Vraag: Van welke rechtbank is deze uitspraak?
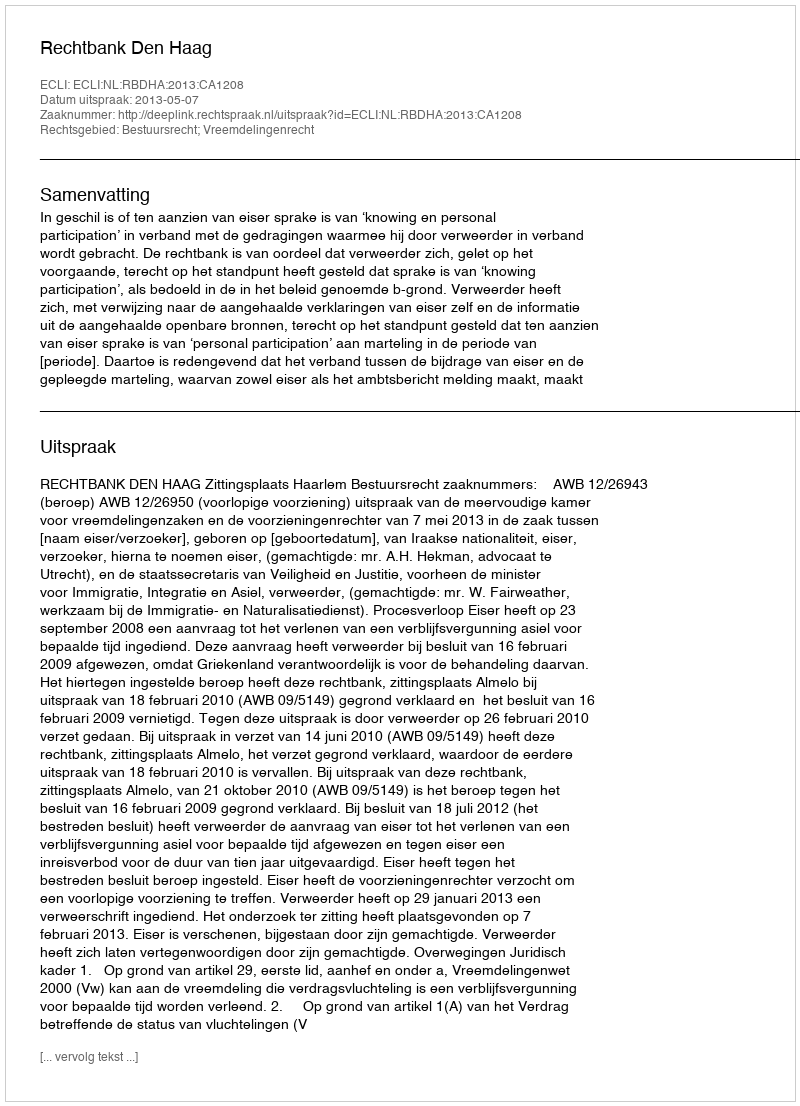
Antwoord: Rechtbank Den Haag